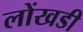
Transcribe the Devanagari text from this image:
लोंखडी